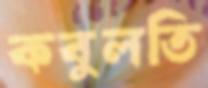
কবুলতি